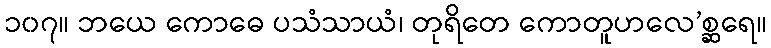
၁၀၇။ ဘယေ ကောဓေ ပသံသာယံ၊ တုရိတေ ကောတူဟလေ’စ္ဆရေ။